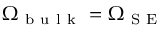
\Omega _ { \mathrm { ~ b ~ u ~ l ~ k ~ } } = \Omega _ { \mathrm { ~ S ~ E ~ } }